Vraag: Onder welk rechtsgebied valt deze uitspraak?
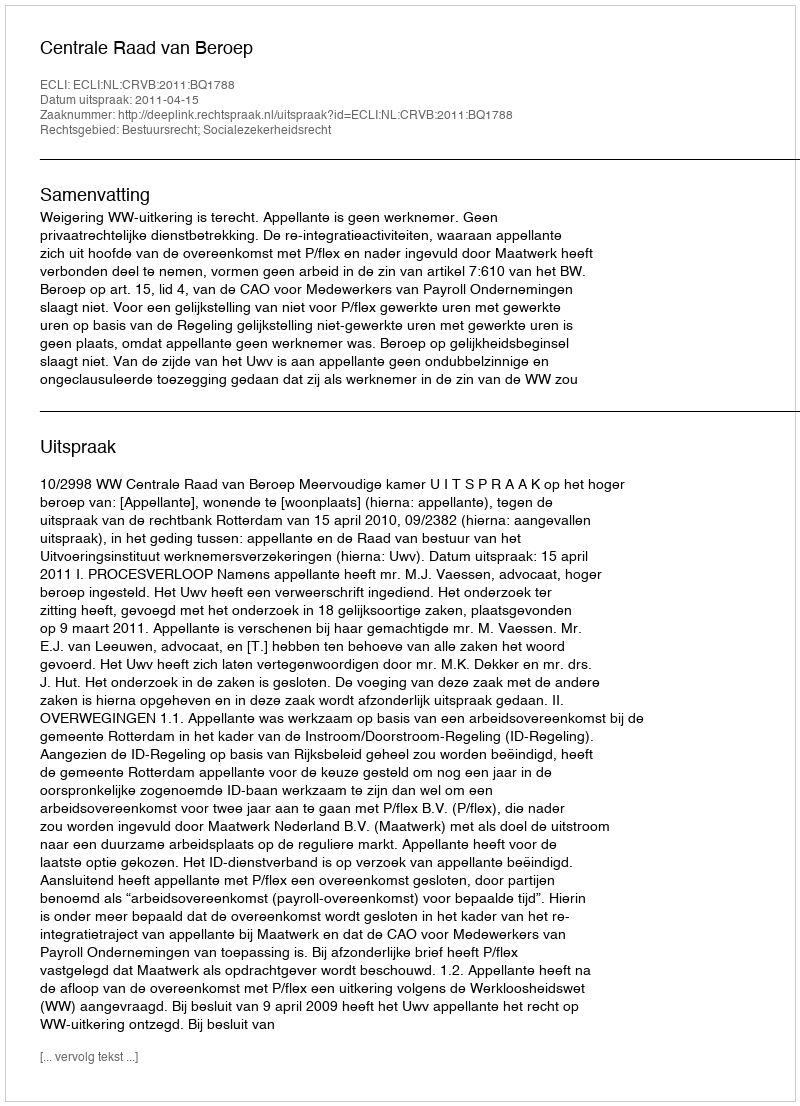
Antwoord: Bestuursrecht; Socialezekerheidsrecht